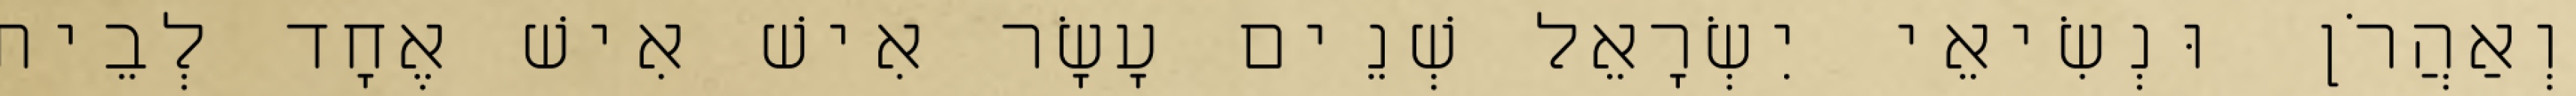
וְאַהֲרֹן וּנְשִׂיאֵי יִשְׂרָאֵל שְׁנֵים עָשָׂר אִישׁ אִישׁ אֶחָד לְבֵית